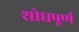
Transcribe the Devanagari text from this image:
शोधपूर्णं